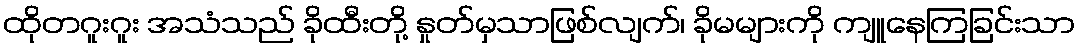
ထိုတဂူးဂူး အသံသည် ခိုထီးတို့ နှုတ်မှသာဖြစ်လျက်၊ ခိုမများကို ကျူနေကြခြင်းသာ